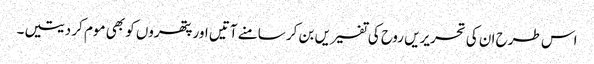
اس طرح ان کی تحریریں روح کی تفسیریں بن کر سامنے آتیں اور پتھروں کو بھی موم کر دیتیں۔